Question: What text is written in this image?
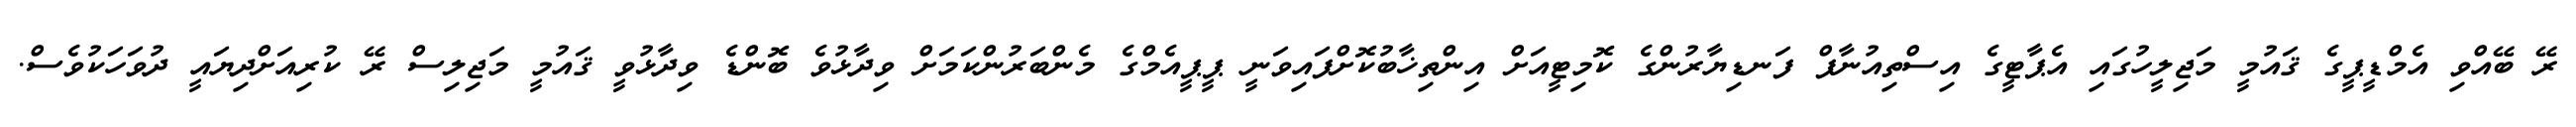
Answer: ރޭ ބޭއްވި އެމްޑީޕީގެ ޤައުމީ މަޖިލީހުގައި އެޕާޓީގެ އިސްތިއުނާފް ފަނޑިޔާރުންގެ ކޮމިޓީއަށް އިންތިޚާބުކޮށްފައިވަނީ ޕީޕީއެމްގެ މެންބަރުންކަމަށް ވިދާޅުވެ ބޮންޑެ ވިދާޅުވީ ޤައުމީ މަޖިލިސް ރޭ ކުރިއަށްދިޔައީ ދުވަހަކުވެސް.